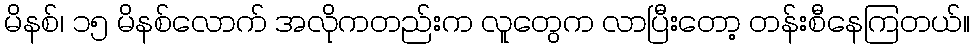
မိနစ်၊ ၁၅ မိနစ်လောက် အလိုကတည်းက လူတွေက လာပြီးတော့ တန်းစီနေကြတယ်။